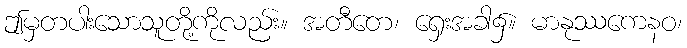
ဤမှတပါးသောသူတို့ကိုလည်း။ အတီတေ၊ ရှေးအခါ၌။ မာနုဿကေနဝ၊